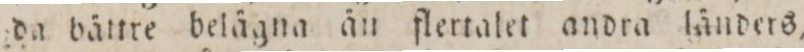
da bättre belägna än flertalet andra länders,